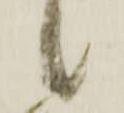
候